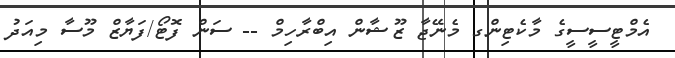
އެމްޓީސީސީގެ މާކެޓިންގ މެނޭޖާ ޒޫޝާން އިބްރާހިމް -- ސަން ފޮޓޯ/ފަޔާޒް މޫސާ މިއަދު